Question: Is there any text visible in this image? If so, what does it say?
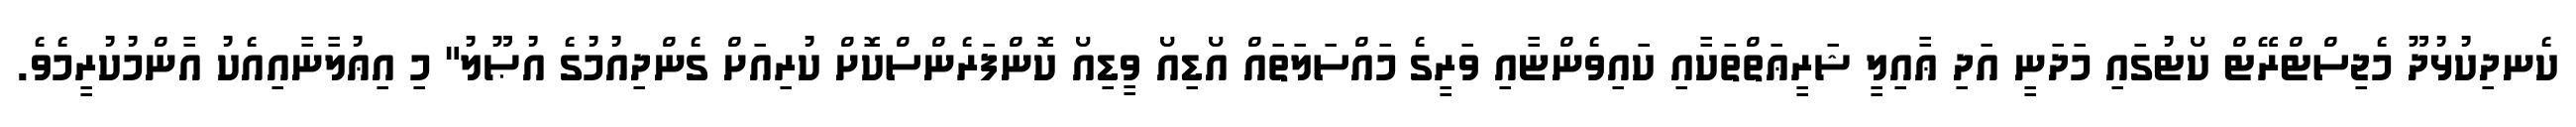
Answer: ކެނދިކުޅުދޫ މެޖިސްޓްރޭޓް ކޯޓުގައި މަދަނީ އަދި ޢާއިލީ ޝަރީޢަތްތަކާއި ކައިވެންޏާއި ވަރީގެ މައްސަލަތައް އޯޑިއޯ ވީޑިއޯ ކޮންފަރެންސްކޮށް ކުރިއަށް ގެންދިއުމުގެ އުޞޫލު" މި އިޢުލާނާއިއެކު އާންމުކުރީމެވެ.